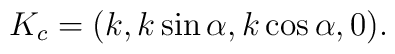
K_{c} = (k, k\sin\alpha, k\cos\alpha, 0)  .